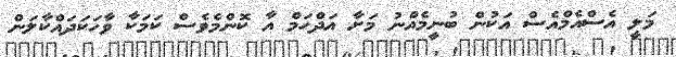
މަލީ އެސްއެމްއެސް އަކުން ބުނީމެއްނު މަށާ އަދްހަމް އާ ކޮންމެވެސް ކަމަކާ ވާހަކަދައްކާލަން